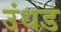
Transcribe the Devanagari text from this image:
उंधड